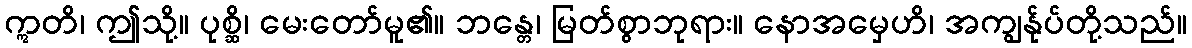
ဣတိ၊ ဤသို့။ ပုစ္ဆိ၊ မေးတော်မူ၏။ ဘန္တေ၊ မြတ်စွာဘုရား။ နောအမှေဟိ၊ အကျွန်ုပ်တို့သည်။